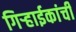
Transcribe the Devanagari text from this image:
गिर्‍हाईकांची